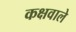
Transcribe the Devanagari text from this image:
कक्षवाले